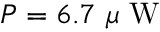
P = 6 . 7 ~ \mu \mathrm { ~ W ~ }